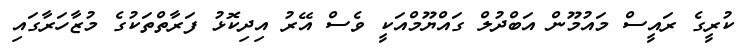
ކުރީގެ ރައީސް މައުމޫން އަބްދުލް ގައްޔޫމްއަކީ ވެސް އޭރު އިދިކޮޅު ފަރާތްތަކުގެ މުޒާހަރާގައި